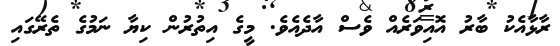
ރާޅާއެކު ބާރު އޮއިވަރެއް ވެސް އާދެއެވެ. މީގެ އިތުރުން ކިޔާ ނަމުގެ ތެރޭގައި